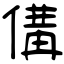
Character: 傋